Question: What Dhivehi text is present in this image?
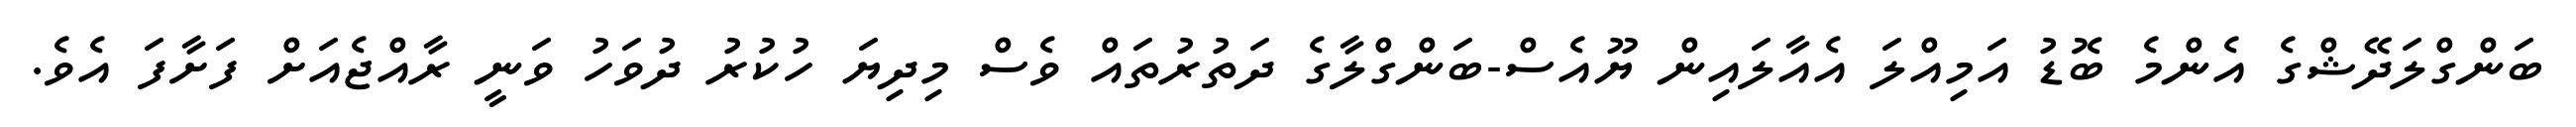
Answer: ބަންގްލަދޭޝްގެ އެންމެ ބޮޑު އަމިއްލަ އެއާލައިން ޔޫއެސް-ބަންގްލާގެ ދަތުރުތައް ވެސް މިދިޔަ ހުކުރު ދުވަހު ވަނީ ރާއްޖެއަށް ފަށާފަ އެވެ.